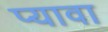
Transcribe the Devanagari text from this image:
प्यावा